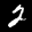
Label: 2